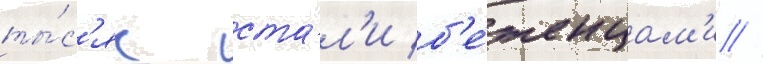
ты́с'яч ста́л'и б'е́женцам'и //